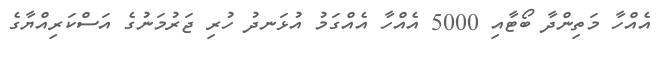
އެއްހާ މަތިންދާ ބޯޓާއި 5000 އެއްހާ އެއްގަމު އުޅަނދު ހުރި ޖަރުމަނުގެ އަސްކަރިއްޔާގެ